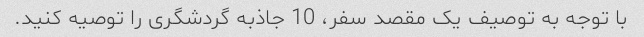
با توجه به توصیف یک مقصد سفر، 10 جاذبه گردشگری را توصیه کنید.